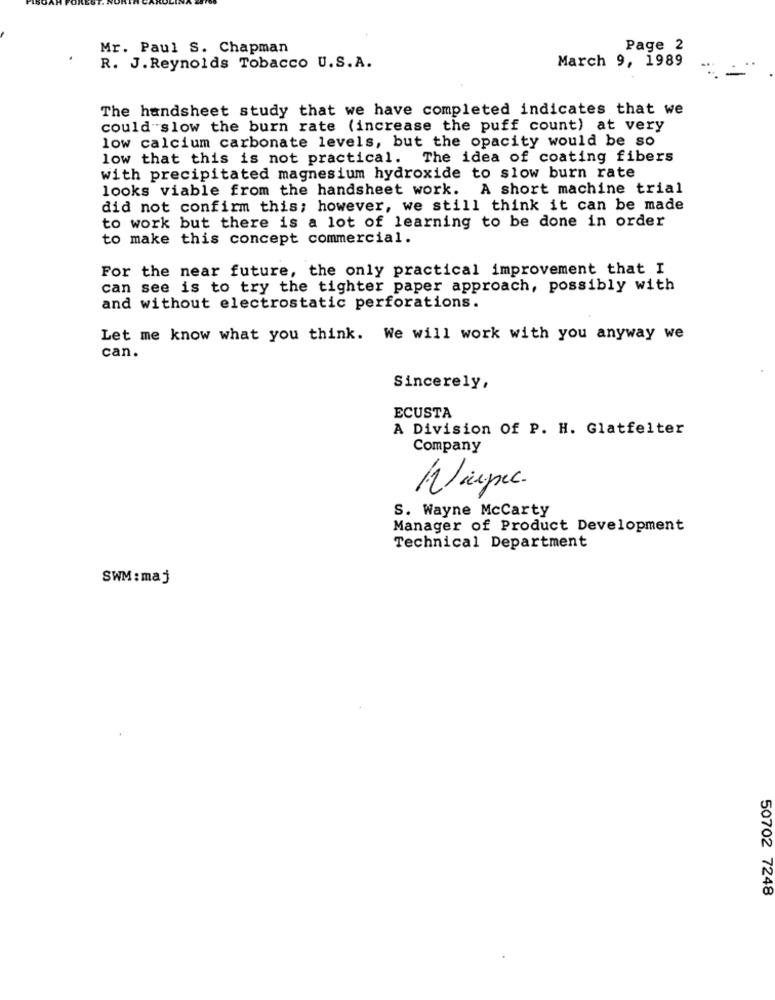
Mr. Paul S. Chapman
Page 2
March 9, 1989
R. J. Reynolds Tobacco U.S.A.
The handsheet study that we have completed indicates that we
could slow the burn rate (increase the puff count) at very
low calcium carbonate levels, but the opacity would be so
low that this is not practical. The idea of coating fibers
with precipitated magnesium hydroxide to slow burn rate
looks viable from the handsheet work. A short machine trial
did not confirm this; however, we still think it can be made
to work but there is a lot of learning to be done in order
to make this concept commercial.
For the near future, the only practical improvement that I
can see is to try the tighter paper approach, possibly with
and without electrostatic perforations.
Let me know what you think. We will work with you anyway we
can.
Sincerely,
ECUSTA
A Division Of P. H. Glatfelter
Company
Waupec.
S. Wayne McCarty
Manager of Product Development
Technical Department
SWM : maj
50702 7248